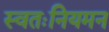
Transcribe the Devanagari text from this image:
स्वतःनियमन